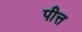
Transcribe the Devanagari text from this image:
पीत्त